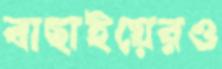
বাছাইয়েরও